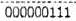
000000111